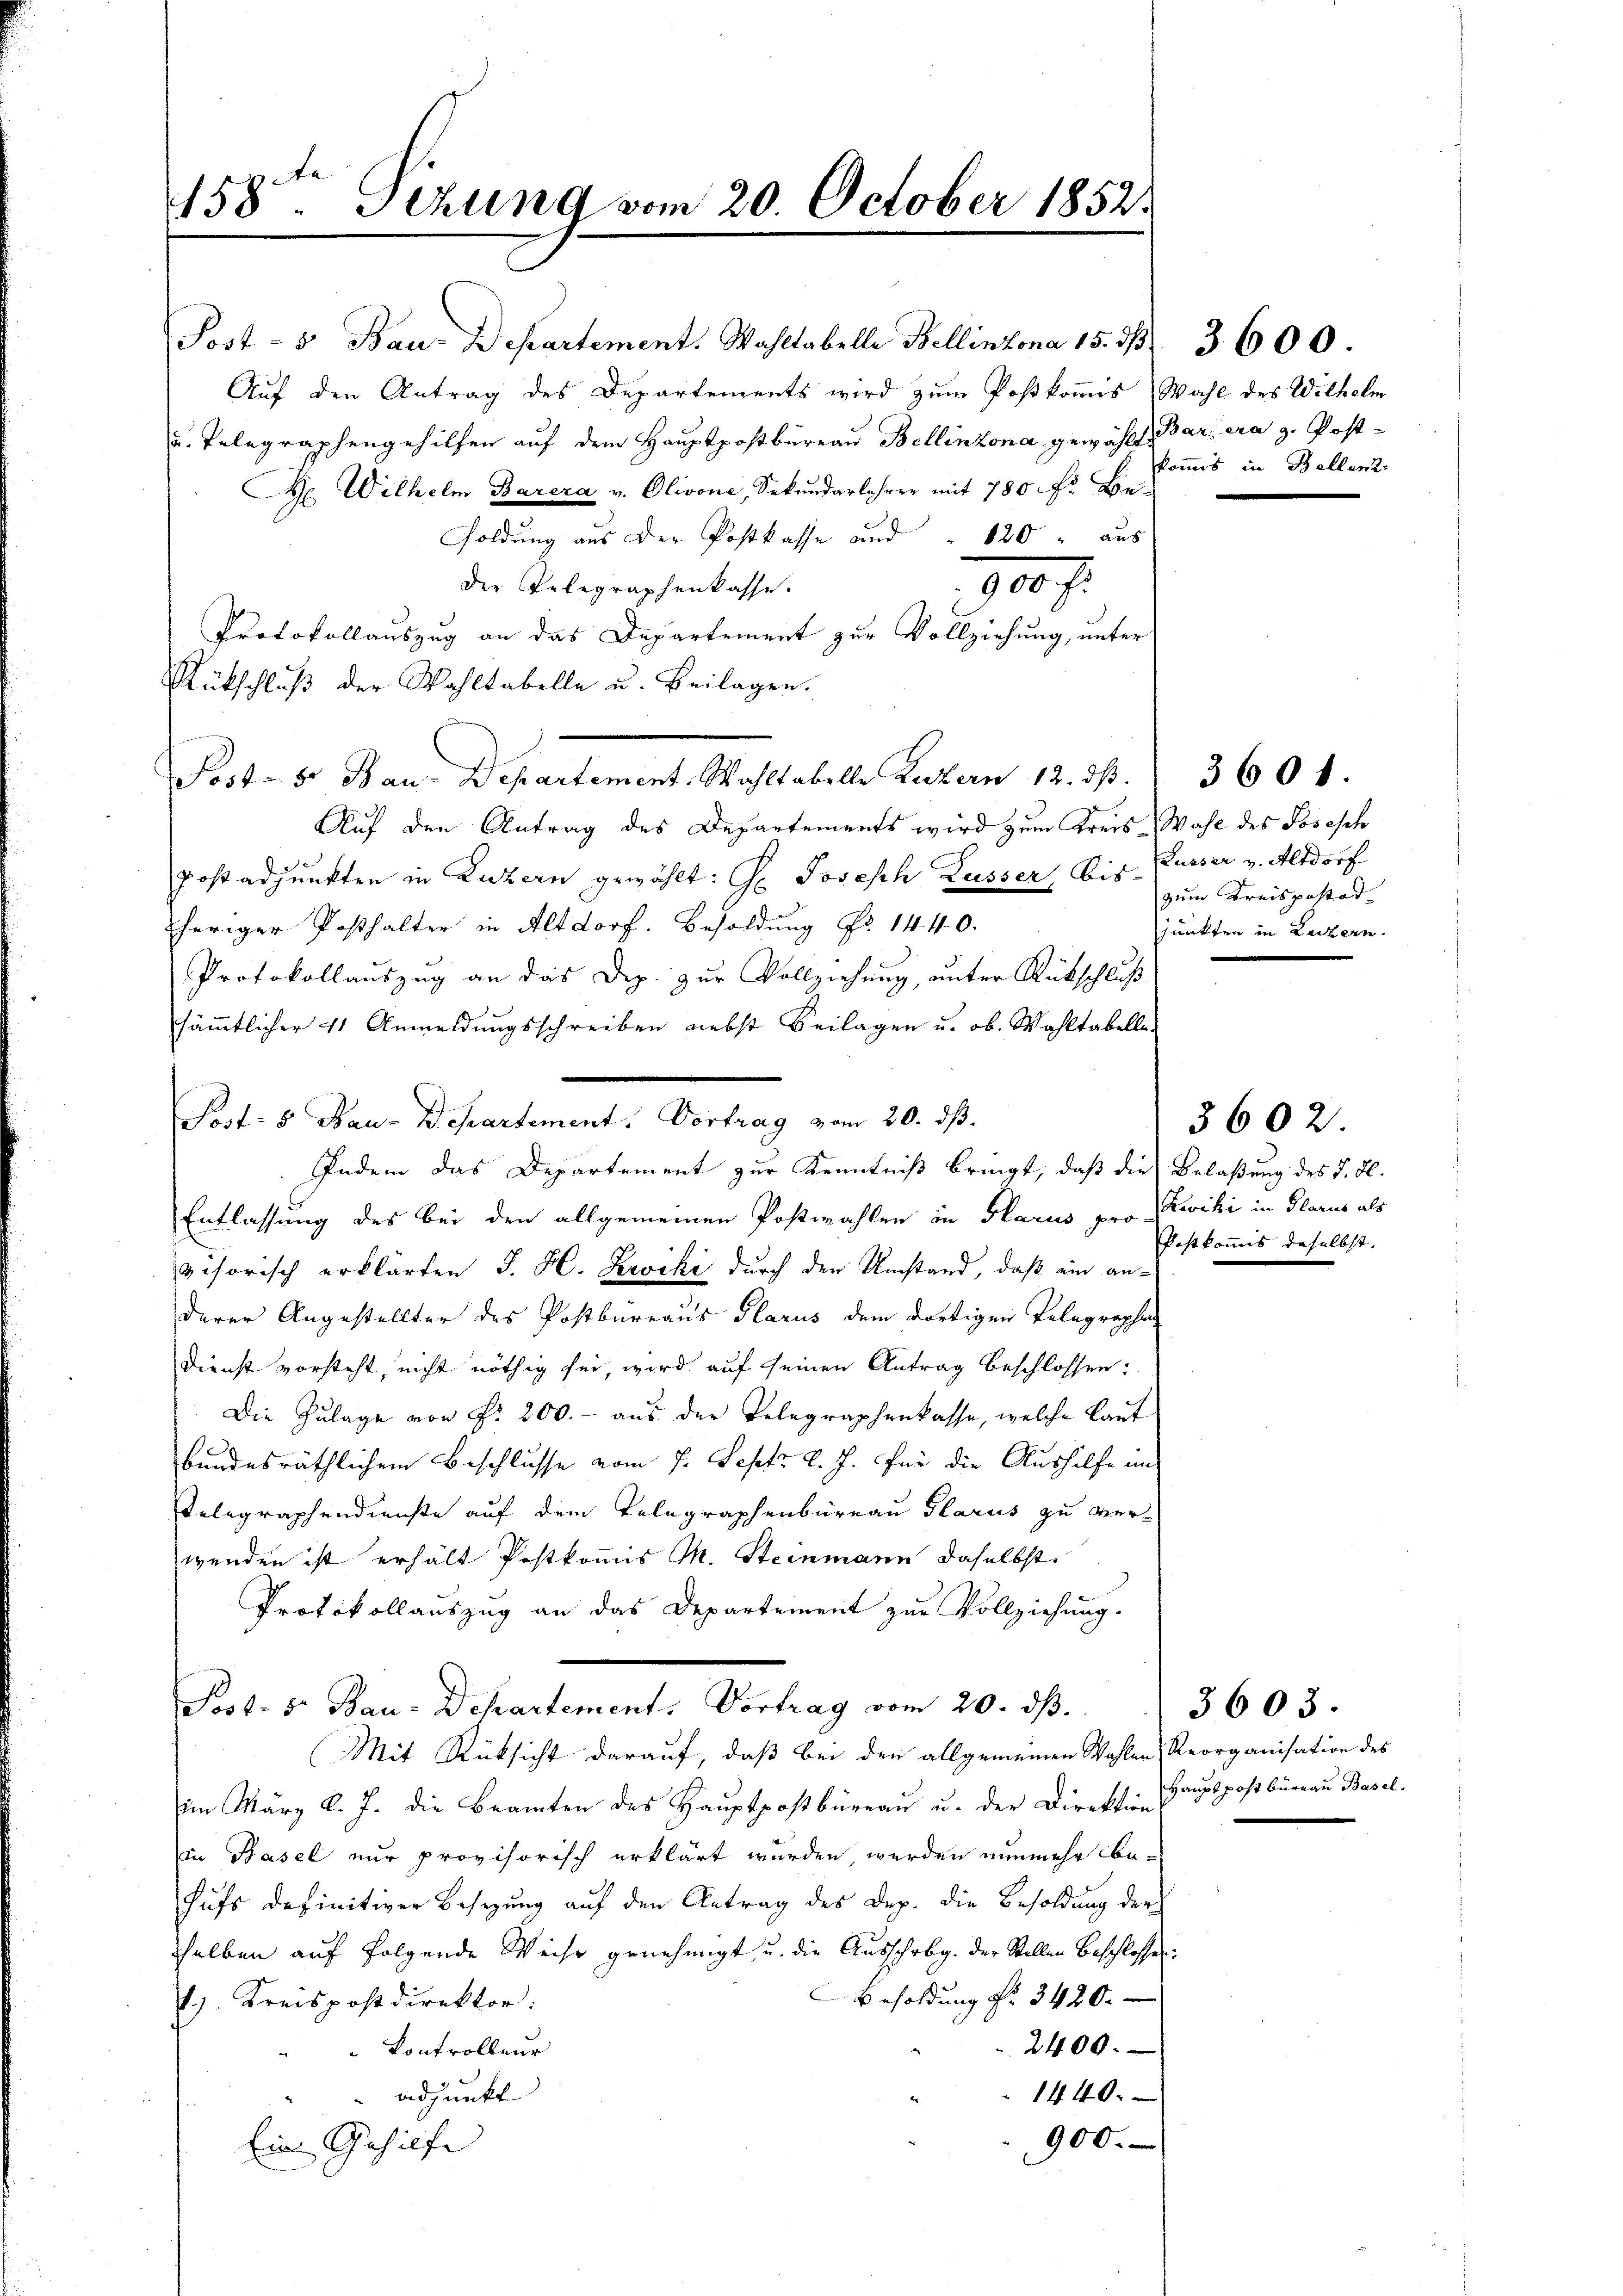
458. Sizung vom 20. October 1852

Post- 5 Bau-Departement. Wahltabelle Bellinzona 15. 31. 3600
Auf den Antrag des Departements wird zum Postkomis Wahl des Wilhelm
u. Telegraphengehilfen auf dem Hauptpostbureau Bellinzona, gewählt, Barera z. Post-
M Wilhelm Barera v. Olivone, Sekundarlehrer mit 780 Fr. Be-
soldung aus der Postkasse und " 120 " aus
900 f.
der Telegraphenkasse.
Protokollauszug an das Departement zur Vollziehung, unter
Rückschluß der Wahltabelle u. Beilagen.
Post- 8. Bau-Departement. Wahltabelle Luzern 12. ds.
Auf den Antrag des Departements wird zum Kreis Wahl des Josesch
Post adjunkten in Luzern gewählt: H. Joseph Lusser, Bis Kusser v. Altdorf
heriger Posthalter in Altdorf. Besoldung Nr. 1440.
Protokollauszug an das Dip. zur Vollziehung, unter Rückschluß
sämmtlicher 41 Anmeldungsschreiben nebst Beilagen u. ob. Wahltabelle-
Entlassung des bei den allgemeinen Postwahlen in Glarus pro Zwicki in Glarus als
visorisch erklärten J. H. Leviki durch den Umstand, daß ein anderer Angestellter des Postbureaus Glarus dem dortigen Telegraphen
Dienst vorsteht, nicht nöthig sei, wird auf seinen Antrag beschlossen:
Die Zulage von f. 200.- aus der Telegraphenkasse, welche Laut
bundesräthlichem Beschlusse vom 7. Sept. d. J. für die Aushilfe in
Telegraphendienste auf dem Telegraphenbureau Glarus zu verwenden ist erhält Postkomis M. Steinmann daselbst.
Protokollauszug an das Departement zur Vollziehung.
Post- 5. Bau- Dchartement. Vortrag vom 20. ds.
Mit Rücksicht darauf, daß bei den allgemeinen Wahlen Reorganisation des
im März l. J. die Beamten des Haŭptpostbüreaŭ u. der Direktion Baŭptpostbüreaŭ Basel.
in Basel nur provisorisch erklärt wurden, werden nunmehr behufs definitiver Besizung auf den Antrag des Dep. die Besoldung der
sselben auf folgende Weise genehmigt, u. die Ausschrbg. der Stellen Beschlosse
Besoldung Nr. 3420.
1. Kreispostdirektor.
2400.
Kontrolleur
adjunkt
1440.
900.
Ein Gehilfe

Post- & Bau-Departement. Vortrag vom 20. dβ.
Indem das Departement zur Kenntniß bringt, daß die

kommis in Bellenz

3601.
zum Kreispostad
junkten in Luzern.

Belaßung des d. d.
Postkommis daselbst.

3602

3603.